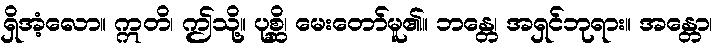
ရှိအံ့လော။ ဣတိ၊ ဤသို့။ ပုစ္ဆိ၊ မေးတော်မူ၏။ ဘန္တေ၊ အရှင်ဘုရား။ အန္တော၊